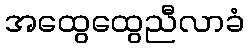
အထွေထွေညီလာခံ